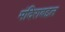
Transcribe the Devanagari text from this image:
मंदिराबद्दल